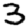
Digit: 3